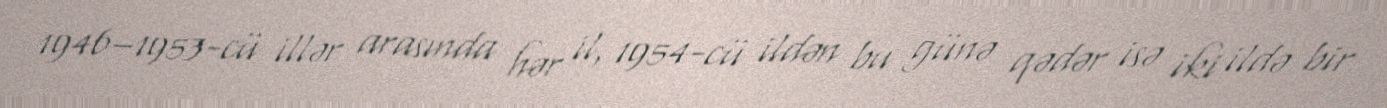
1946–1953-cü illər arasında hər il, 1954-cü ildən bu günə qədər isə iki ildə bir